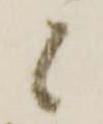
候